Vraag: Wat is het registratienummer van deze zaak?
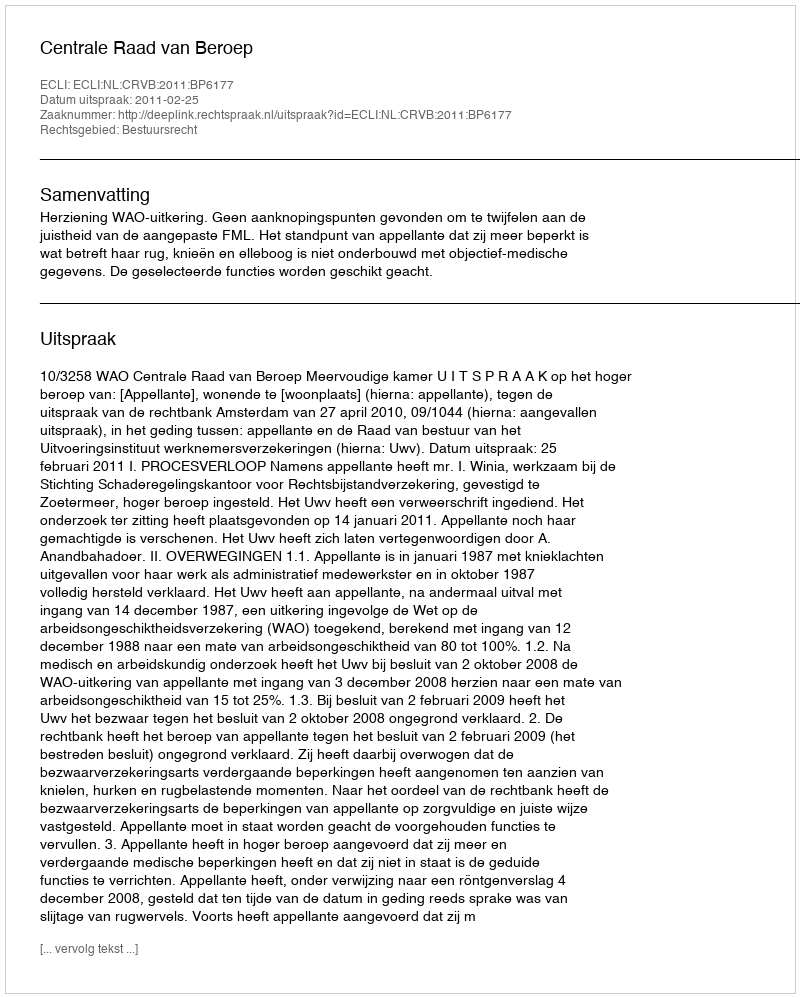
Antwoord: http://deeplink.rechtspraak.nl/uitspraak?id=ECLI:NL:CRVB:2011:BP6177